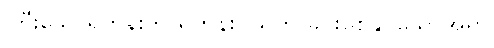
ကြီးသောရဟန်းကို ရဟန်းငယ်က ခိုင်းစေနိုင်သောအရာ